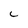
Character: C